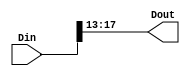
module RAT_slice_12_3_0
   (Din,
    Dout);
  input [17:0]Din;
  output [4:0]Dout;

  wire [17:0]Din;

  assign Dout[4:0] = Din[17:13];
endmodule